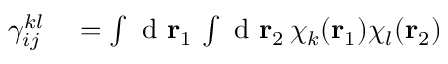
\begin{array} { r l } { { \gamma } _ { i j } ^ { k l } } & { { } = \int \mathrm { ~ d ~ } { \mathbf { r } _ { 1 } } \, \int \mathrm { ~ d ~ } { \mathbf { r } _ { 2 } } \, \chi _ { k } ( { \mathbf { r } _ { 1 } } ) \chi _ { l } ( { \mathbf { r } _ { 2 } } ) } \end{array}